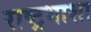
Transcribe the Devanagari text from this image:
राष्ट्रभाशा